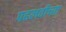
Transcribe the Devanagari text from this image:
पहलवीच्या